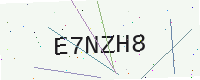
Text: E7NZH8